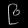
Digit: ၉